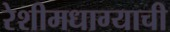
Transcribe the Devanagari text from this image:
रेशीमधाग्याची